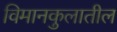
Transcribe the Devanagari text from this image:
विमानकुलातील